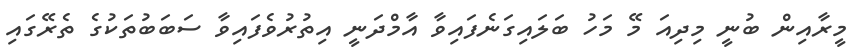
މީރާއިން ބުނީ މިދިއަ މޭ މަހު ބަލައިގަނެފައިވާ އާމްދަނީ އިތުރުވެފައިވާ ސަބަބުތަކުގެ ތެރޭގައި